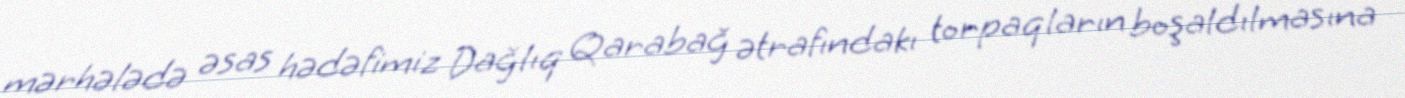
mərhələdə əsas hədəfimiz Dağlıq Qarabağ ətrafındakı torpaqların boşaldılmasına